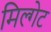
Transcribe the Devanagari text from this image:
मिल्गेट